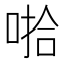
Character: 𰈄